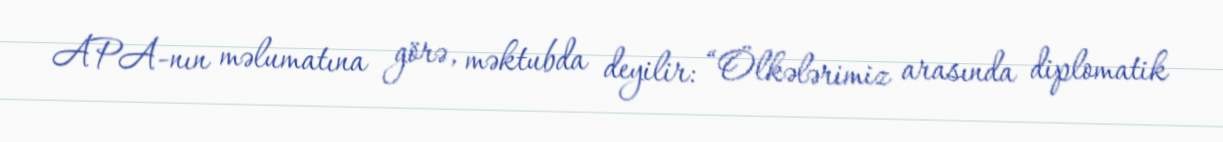
APA-nın məlumatına görə, məktubda deyilir: “Ölkələrimiz arasında diplomatik